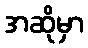
အဆိုမှာ